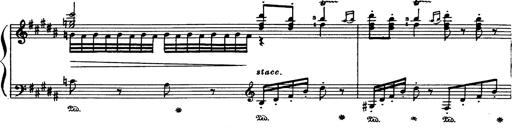
Title: Danza sacra e duetto finale dâ€™Aida
Composer: Franz Liszt